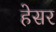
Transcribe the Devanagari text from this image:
हेसर